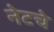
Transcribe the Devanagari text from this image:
नेटचे